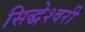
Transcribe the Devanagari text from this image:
सिद्धेश्‍वरी